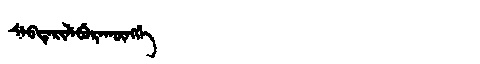
Manchu: ᠰᡝᠪᡩᡝᡵᡳᠯᡝᠪᡠᡵᠠᡴᡡᠩᡤᡝ
Romanization: SEBDERILEBURAKŪNGGE